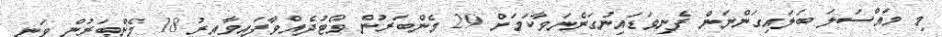
މި މައްސަލަ ބަލައިގަންނަން ފެނިވަޑައިނުގަންނަވާކަމަށް 29 މެންބަރުން ވޯޓުދެއްވާފައިވާއިރު 18 މެންބަރުން ވަނީ